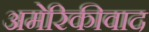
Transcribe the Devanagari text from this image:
अमेरिकीवाद